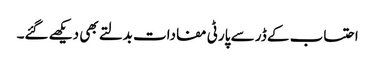
احتساب کے ڈر سے پارٹی مفادات بدلتے بھی دیکھے گئے۔